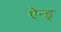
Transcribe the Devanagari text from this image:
ऐन्ड्